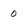
Character: 0